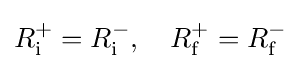
R_{\text{i}}^{+}=R_{\text{i}}^{-},\quad R_{\text{f}}^{+}=R_{\text{f}}^{-}